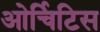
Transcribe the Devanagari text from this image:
ओर्चिटिस